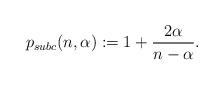
LaTeX: \begin{align*} p_{subc}(n,\alpha) := 1+\frac{2\alpha}{n-\alpha}.\end{align*}